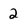
Character: 2